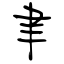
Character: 聿